Scottish Leaving Certificate Examination, 1952
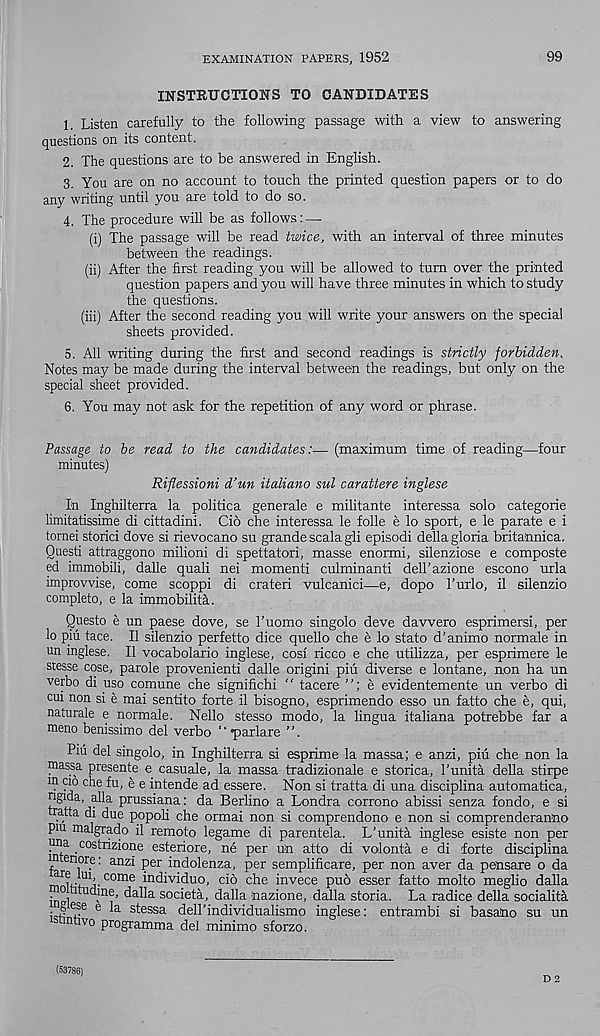
EXAMINATION PAPERS, 1952
99
INSTRUCTIONS TO CANDIDATES
1 Listen carefully to the following passage with a view to answering
questions on its content.
2. The questions are to be answered in English.
3. You are on no account to touch the printed question papers or to do
any writing until you are told to do so.
4. The procedure will be as follows: —
(i) The passage will be read twice, with an interval of three minutes
between the readings.
(ii) After the first reading you will be allowed to turn over the printed
question papers and you will have three minutes in which to study
the questions.
(iii) After the second reading you will write your answers on the special
sheets provided.
5. All writing during the first and second readings is strictly forbidden.
Notes may be made during the interval between the readings, but only on the
special sheet provided.
6. You may not ask for the repetition of any word or phrase.
Passage to be read to the candidates:— (maximum time of reading—four
minutes)
Riflessioni d’un Ualiano sul carattere inglese
In Inghilterra la politica generale e militante interessa solo categorie
limitatissime di cittadini. Cio che interessa le folle e lo sport, e le parate e i
tornei storici dove si rievocano su grande scala gli episodi della gloria britannica,
Questi attraggono milioni di spettatori, masse enormi, silenziose e composte
ed immobili, dalle quali nei momenti culminanti dell’azione escono urla
improvvise, come scoppi di crateri vulcanici—e, dopo Turlo, il silenzio
completo, e la immobilita.
Questo e un paese dove, se Tuomo singolo deve davvero esprimersi, per
lo piu tace. II silenzio perfetto dice quello che e lo stato d’animo normale in
un inglese. II vocabolario inglese, cosi ricco e che utilizza, per esprimere le
stesse cose, parole provenienti dalle origini piu diverse e lontane, non ha un
verbo di uso comune che significhi ‘ ‘ tacere ”; e evidentemente un verbo di
cui non si e mai send to forte il bisogno, esprimendo esso un fatto che e, qui,
naturale e normale. Nello stesso modo, la lingua italiana potrebbe far a
meno bemssimo del verbo “•parlare ”.
Piu del singolo, in Inghilterra si esprime la massa; e anzi, pin che non la
massa presente e casuale, la massa tradizionale e storica, Tunita della stirpe
m cio che fu, e e intende ad essere. Non si tratta di una disciplina automatica,
ngida, alia prussiana: da Berlino a Londra corrono abissi senza fondo, e si
r.atta ^ ^u e popoli che ormai non si comprendono e non si comprenderaniio
piu malgrado il remote legame di parentela. L’unita inglese esiste non per
Jina costrizione esteriore, ne per un atto di volonta e di forte disciplina
in enore: anzi per indolenza, per semplificare, per non aver da pensare o da
rrUtua- C°me ^n c^v id uo < cio che invece pub esser fatto molto meglio dalla
in°1 ltUC T n ?’ d a^a societa, dalla nazione, dalla storia. La radice della socialita
■ § e 3 e e
stessa dell’individualismo inglese: entrambi si basaino su un
ntivo programma del minimo sforzo.
D 2
(53786)